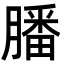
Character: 膰